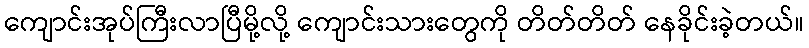
ကျောင်းအုပ်ကြီးလာပြီမို့လို့ ကျောင်းသားတွေကို တိတ်တိတ် နေခိုင်းခဲ့တယ်။